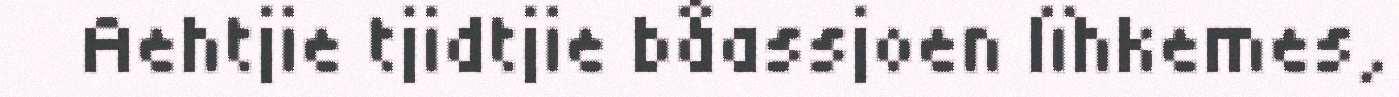
Aehtjie tjidtjie båassjoen lïhkemes,